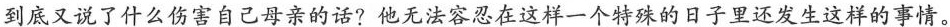
到底又说了什么伤害自己母亲的话?他无法容忍在这样一个特殊的日子里还发生这样的事情。